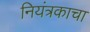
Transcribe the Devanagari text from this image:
नियंत्रकाचा